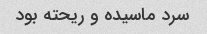
سرد ماسیده و ریحته بود